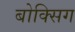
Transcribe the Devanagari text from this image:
बोक्सिग